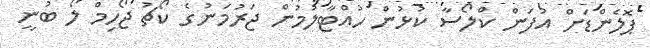
ޕޮލެންޑަށް އުފަން ކްލޯސާ ކުޅުން ހުއްޓާލުމުން ޖަރުމަނުގެ ކޯޗު ޖޯހިމް ލޯ ބުނީ